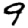
Digit: 9